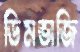
ডিমভাজি